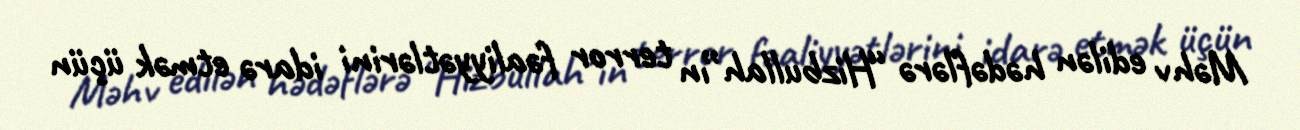
Məhv edilən hədəflərə “Hizbullah”ın terror fəaliyyətlərini idarə etmək üçün